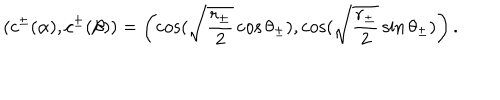
LaTeX: ( c ^ { \pm } ( \alpha ) , c ^ { \pm } ( \beta ) ) = \left( \cos ( \sqrt { \frac { r _ { \pm } } { 2 } } \cos \theta _ { \pm } ) , \cos ( \sqrt { \frac { r _ { \pm } } { 2 } } \sin \theta _ { \pm } ) \right) .